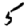
Digit: 5